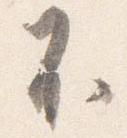
不